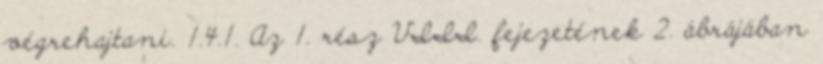
végrehajtani. 1.4.1. Az 1. rész VIII. fejezetének 2. ábrájában